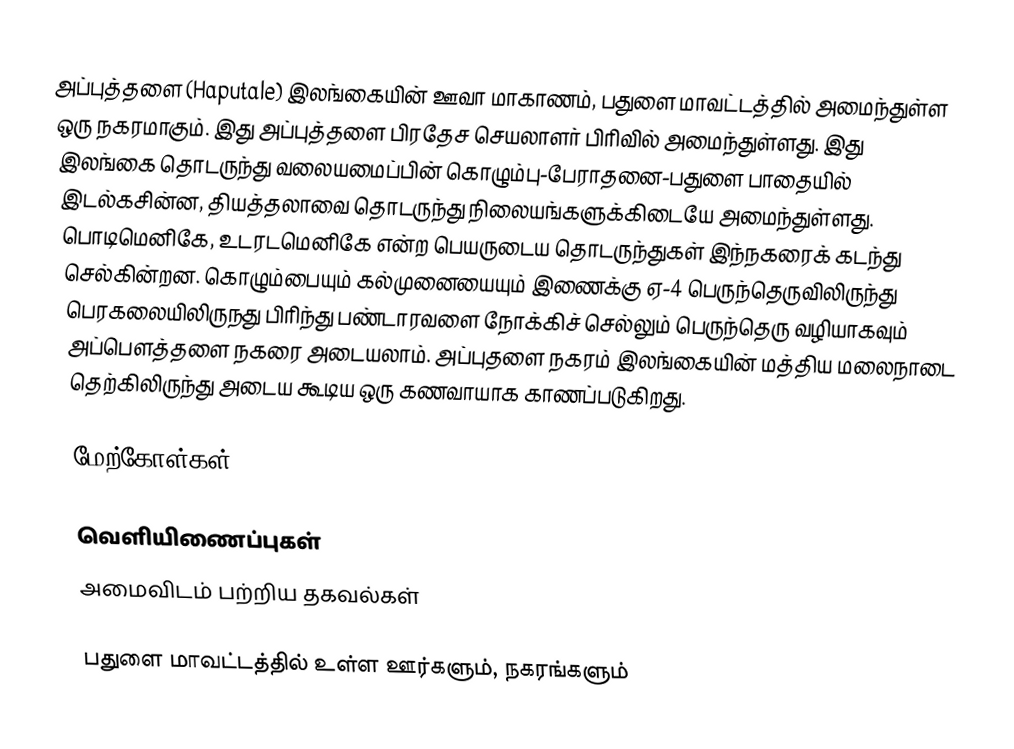
அப்புத்தளை (Haputale) இலங்கையின்  ஊவா மாகாணம், பதுளை மாவட்டத்தில் அமைந்துள்ள ஒரு நகரமாகும். இது அப்புத்தளை பிரதேச செயலாளர் பிரிவில் அமைந்துள்ளது. இது இலங்கை தொடருந்து வலையமைப்பின் கொழும்பு-பேராதனை-பதுளை பாதையில் இடல்கசின்ன, தியத்தலாவை தொடருந்து நிலையங்களுக்கிடையே அமைந்துள்ளது. பொடிமெனிகே, உடரடமெனிகே என்ற பெயருடைய தொடருந்துகள் இந்நகரைக் கடந்து செல்கின்றன. கொழும்பையும் கல்முனையையும் இணைக்கு ஏ-4 பெருந்தெருவிலிருந்து பெரகலையிலிருநது பிரிந்து பண்டாரவளை நோக்கிச் செல்லும் பெருந்தெரு வழியாகவும் அப்பௌத்தளை நகரை அடையலாம். அப்புதளை நகரம் இலங்கையின் மத்திய மலைநாடை தெற்கிலிருந்து அடைய கூடிய ஒரு கணவாயாக காணப்படுகிறது.

மேற்கோள்கள்

வெளியிணைப்புகள்
அமைவிடம் பற்றிய தகவல்கள்

பதுளை மாவட்டத்தில் உள்ள ஊர்களும், நகரங்களும்